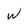
Character: w